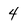
Character: 4